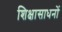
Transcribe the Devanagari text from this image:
शिक्षासाधनों